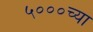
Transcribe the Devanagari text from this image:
५०००च्या